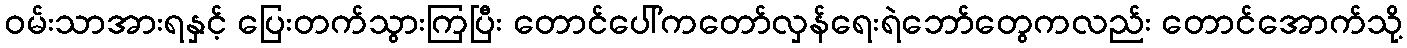
ဝမ်းသာအားရနှင့် ပြေးတက်သွားကြပြီး တောင်ပေါ်ကတော်လှန်ရေးရဲဘော်တွေကလည်း တောင်အောက်သို့